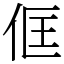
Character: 㑌